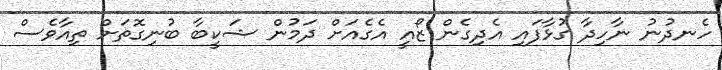
ހެނދުނު ނާހިދާ ގުޅާފައި އެދިގެން ޒޯއީ އެގެއަށް ދަމުން ޝަކީބާ ބުނިގޮތަށް ތިއާވެސް